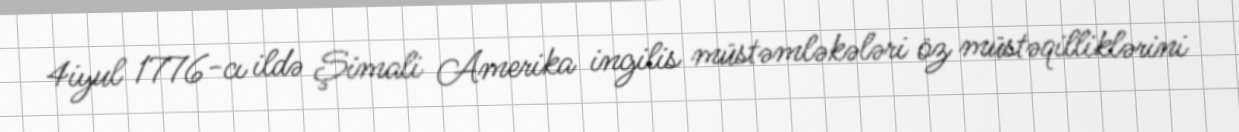
4iyul 1776-cı ildə Şimali Amerika ingilis müstəmləkələri öz müstəqilliklərini